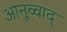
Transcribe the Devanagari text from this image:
आनूव्वाद्